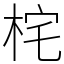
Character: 㭦